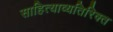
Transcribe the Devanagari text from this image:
साहित्याव्यतिरिक्त